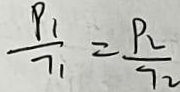
\frac { P _ { 1 } } { 7 _ { 1 } } = \frac { P _ { 2 } } { 7 2 }